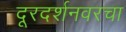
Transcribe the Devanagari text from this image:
दूरदर्शनवरचा